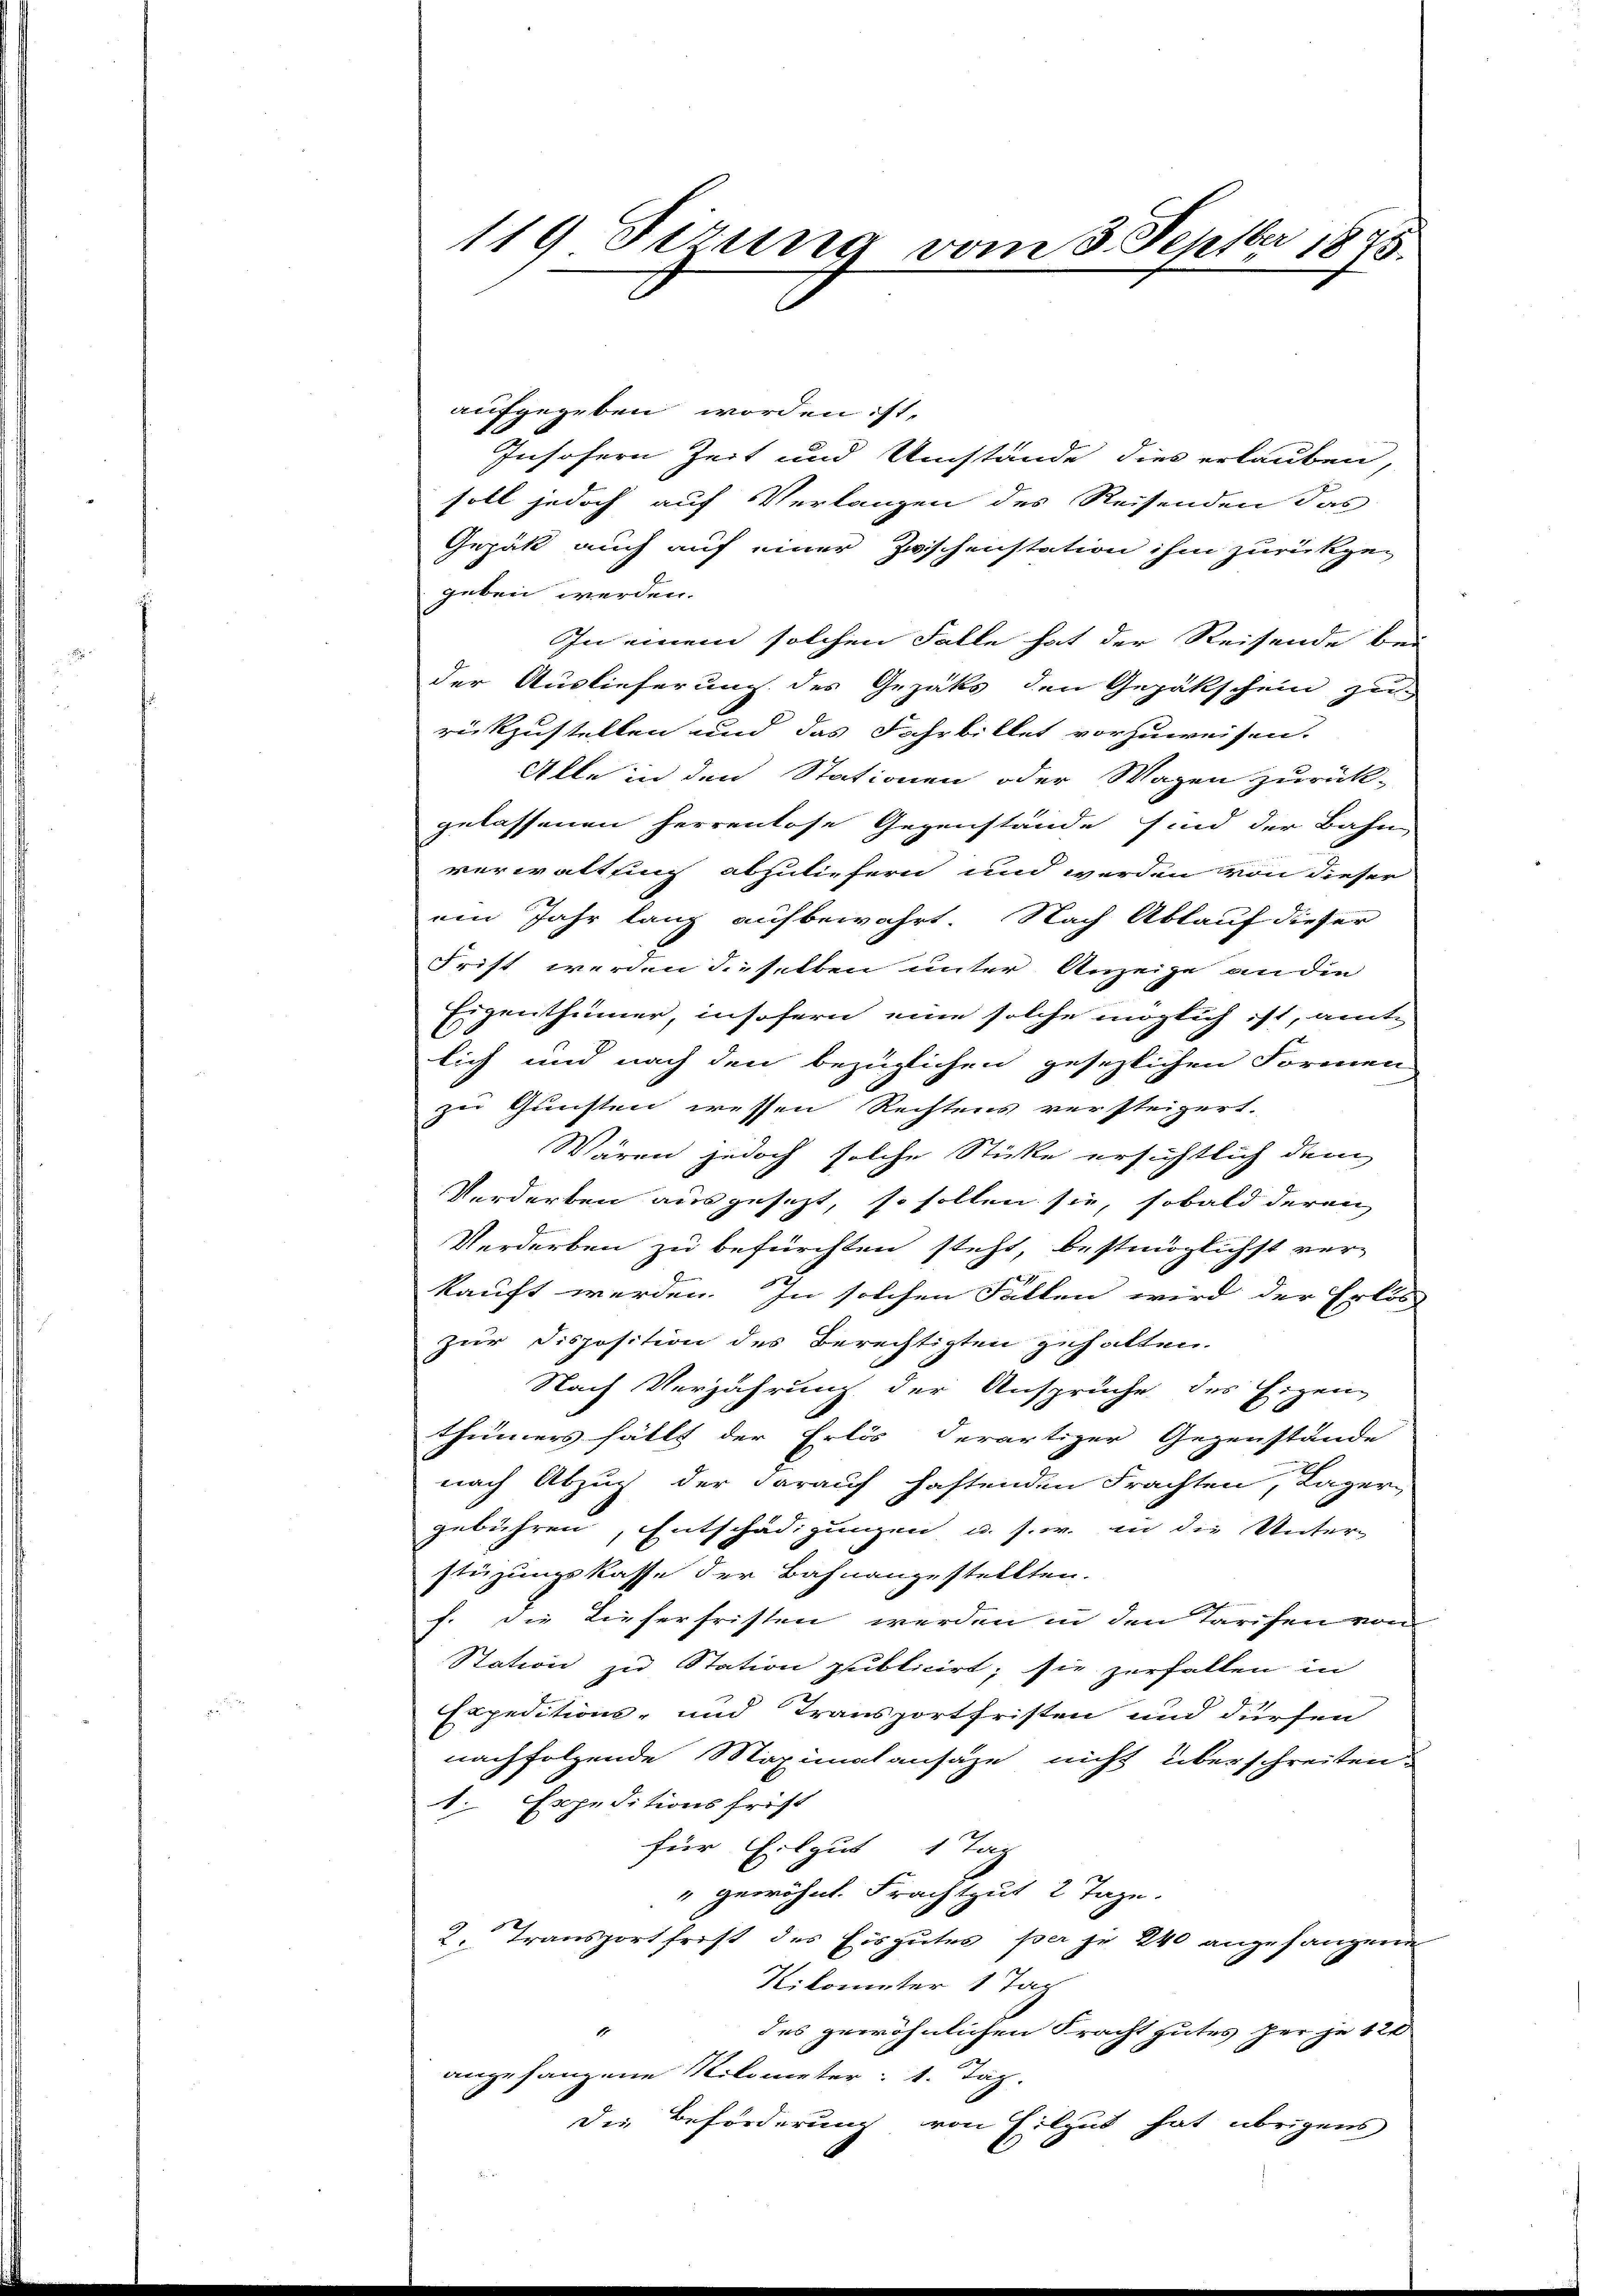
119 Fizung vom 3. Septbr 1875.

aufgegeben worden ist,
Insofern Zeit und Umstände dies erlauben,
soll jedoch auf Verlangen des Reisenden das
Gepäck auch auf einer Zuschenstation ihm zurückgen
geben werden.
In einem solchen Falle hat der Reisende bei
der Auslieferung des Gezaks den Gepäkschein zu
rückzustellen und das Fahrbillet vorzuweisen.
Alle in den Stationen oder Wagen zurück-
gelassenen herrenlose Gegenstände sind der Bahn
verwaltsing abzuliefern und werden von dieser
ein Jahr lang aufbewahrt. Nach Ablauf dieser
Frist werden d. selben unter Anzeige an die
Eigenthümer, insofern eine solche möglich ist, amt
lich und nach den bezüglichen gesezlichen Formen
zu Gunsten wessen Rechtens versteigert.
Wären jedoch solche Stücke ersichtlich dem
Verdorben ausgesezt, so sollen sie, sobald deren
Verdorben zu befürchten steht, bestmöglichst ver-
kauft werden. In solchen Fällen wird der Erlös-
zur Disposition des Berechtigten gehalten.
Nach Verjährung der Ansprüche des Eigen
thümers fällt der Erlös derartiger Gegenstände
nach Abzug der darauf haftenden Frachten, Lager-
gebühren, Entschädigungen u. s. w. in die Unter-
stüzungskasse der Bahnangestellten.
f. die Tieferfristen werden in den Tarifen von
Station zu Station publicirt; sie zerfallen in
Expeditions- und Transportfristen und dürfen
nachfolgende Maximalansaze nicht überschreiten.
1. Expeditionsfrist
für Erbgut 1 Tag
" gewöhnt. Frachtgut 2 Tage.
2. Transport frist des Eisgutes per je 240 angefangene
Kilometer 1 Tag
des gewöhnlichen Fracht gutes her je 120
angefangene Kilometer: 1. Tag.
die Beförderung von Eilgut hat übrigens